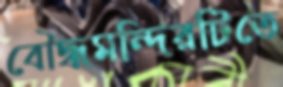
বৌদ্ধমন্দিরটিতে